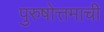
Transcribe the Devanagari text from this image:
पुरुषोत्तमाची